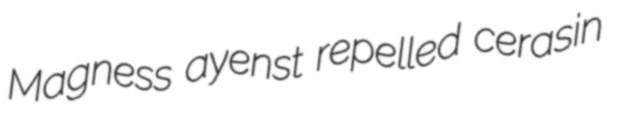
Magness ayenst repelled cerasin